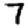
Digit: 7